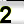
Digit: 2